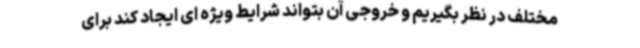
مختلف در نظر بگیریم و خروجی آن بتواند شرایط ویژه ای ایجاد کند برای